Leprosy in India: report of the Leprosy Commission in India, 1890-91
Year: 1890
Disease focus: Leprosy
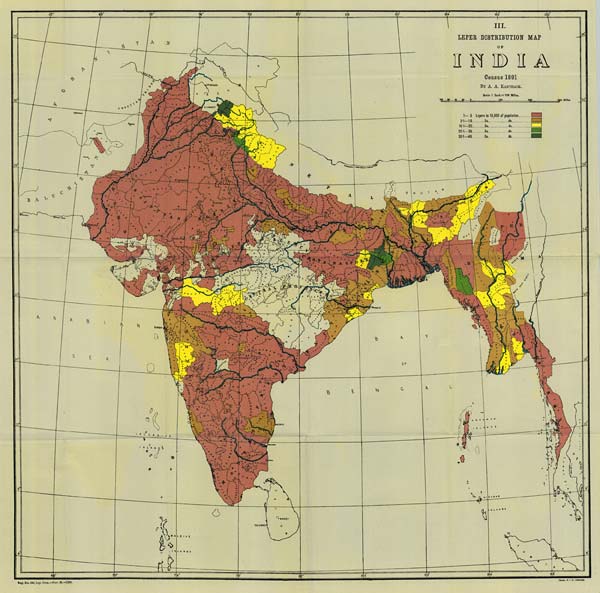
Reg. No. 420, Lep. Com.—Nov. 92.-2,300. Photo., S. I. O., Calcutta.